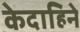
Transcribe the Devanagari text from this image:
केदाहिने